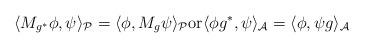
LaTeX: \begin{align*} \langle M_{g^{*}} \phi, \psi \rangle_{\mathcal{P}} = \langle \phi , M_{g} \psi \rangle_{\mathcal{P}}\mathrm{or} \langle \phi g^{*}, \psi \rangle_{\mathcal{A}} = \langle \phi , \psi g \rangle_{\mathcal{A}} \end{align*}